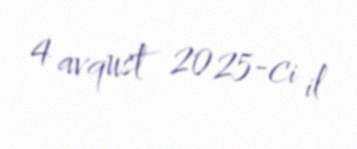
4 avqust 2025-ci il